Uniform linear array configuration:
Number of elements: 24
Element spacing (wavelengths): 0.25
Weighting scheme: uniform
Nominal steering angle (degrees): -15
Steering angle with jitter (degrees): -14.972
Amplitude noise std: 0.05
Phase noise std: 0.05

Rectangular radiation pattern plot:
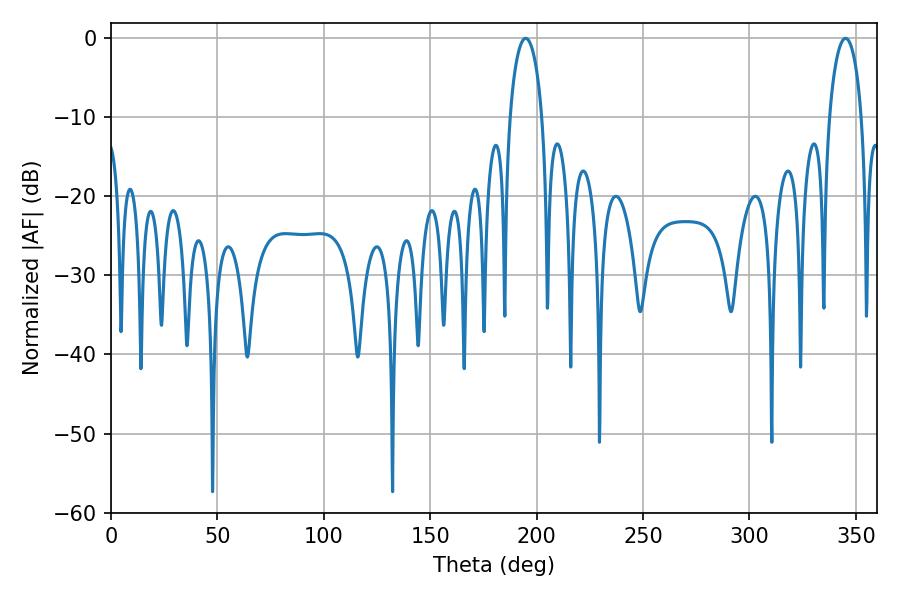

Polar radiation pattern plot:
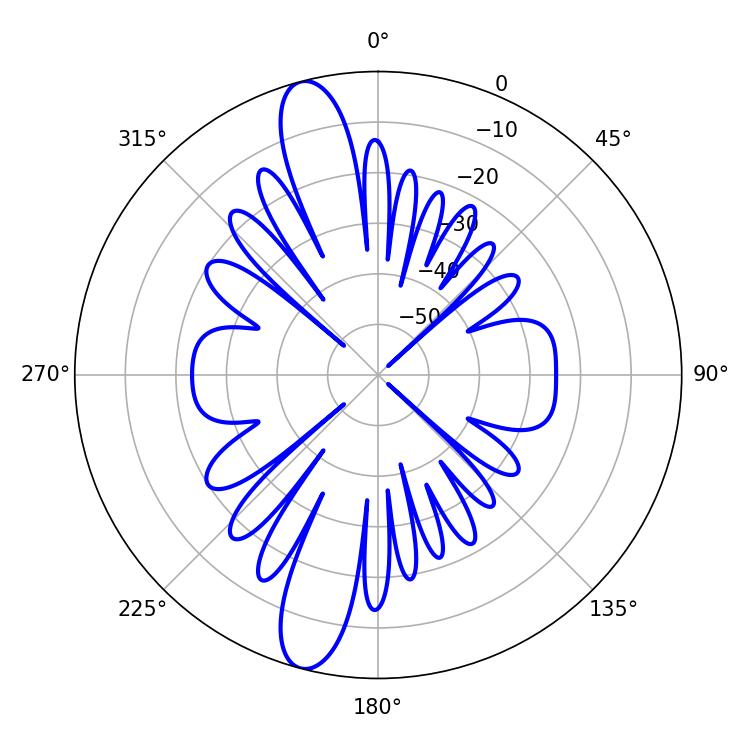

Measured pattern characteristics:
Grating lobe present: FALSE
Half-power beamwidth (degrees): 8.64
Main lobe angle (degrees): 194.76